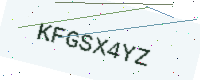
Text: KFGSX4YZ